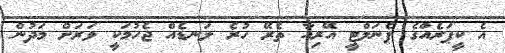
އެ ކީޕަރެއްގެ ޕެނަލްޓީ އޭރިއާ ތެރޭ ހުރެ ލަނޑެއް ޖެހުމަކީ ވަރަށް މަދުން